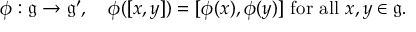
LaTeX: \phi : { \mathfrak { g } } \to { \mathfrak { g ^ { \prime } } } , \quad \phi ( [ x , y ] ) = [ \phi ( x ) , \phi ( y ) ] \ { \mathrm { f o r ~ a l l } } \ x , y \in { \mathfrak { g } } .